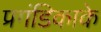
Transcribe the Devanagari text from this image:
प्रगंडिकाके